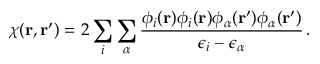
\chi ( { \bf r } , { \bf r } ^ { \prime } ) = 2 \sum _ { i } \sum _ { \alpha } \frac { \phi _ { i } ( { \bf r } ) \phi _ { i } ( { \bf r } ) \phi _ { \alpha } ( { \bf r } ^ { \prime } ) \phi _ { \alpha } ( { \bf r } ^ { \prime } ) } { \epsilon _ { i } - \epsilon _ { \alpha } } \, .